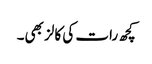
کچھ رات کی کالز بھی۔